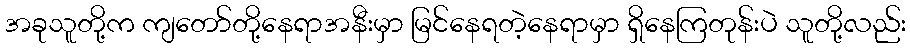
အခုသူတို့က ကျတော်တို့နေရာအနီးမှာ မြင်နေရတဲ့နေရာမှာ ရှိနေကြတုန်းပဲ သူတို့လည်း